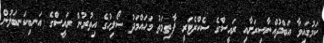
ކަމުގައިވާ އަބްދުއްނާސިރަށާއި ރައީސްގެ ސެކްރެޓަރީ ފާތިމަތު މަހައްމަދު ސޯލިހުގެ އިތުރުން ރައީސްގެ އަނބިކަނބަލުން